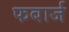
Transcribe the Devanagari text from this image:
फबार्ज